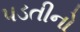
પડતીનો